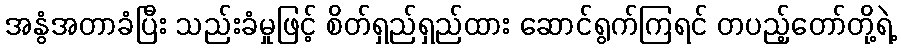
အနွံအတာခံပြီး သည်းခံမှုဖြင့် စိတ်ရှည်ရှည်ထား ဆောင်ရွက်ကြရင် တပည့်တော်တို့ရဲ့